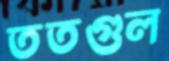
ততগুল